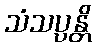
သံသပ္ပန္တိ